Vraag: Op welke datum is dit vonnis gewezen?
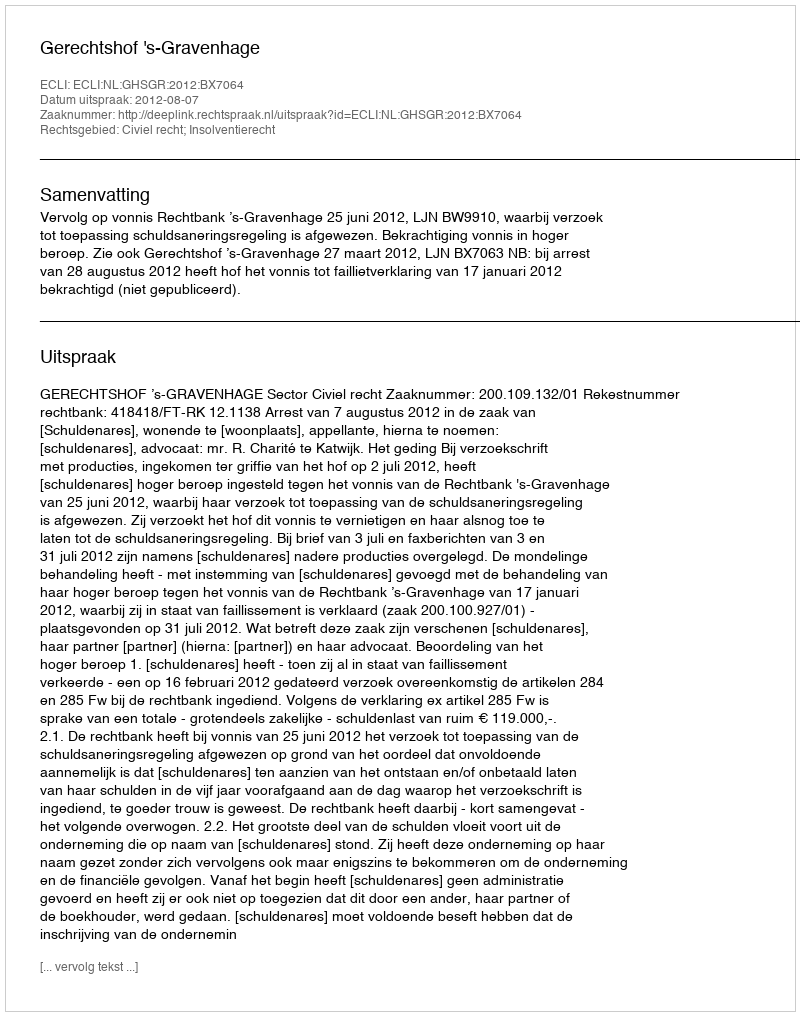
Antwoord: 2012-08-07